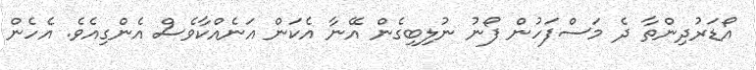
އޯޑަރުދިންތާ ދެ މަސްފަހުން ފޯނު ނުލިބިގެން އޭނާ އެކަން އަނެއްކާވެސް އެންގިއެވެ. އެހެން